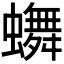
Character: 𬠴